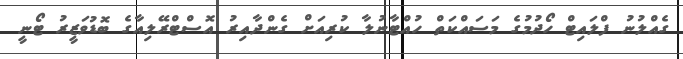
ގެއްލުނު ފްލައިޓް ހޯދުމުގެ މަސައްކަތް ހުއްޓާނުލާ ކުރިއަށް ގެންދާއިރު އޮސްޓްރޭލިއާގެ ބޮޑުވަޒީރު ޓޯނީ